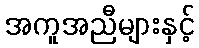
အကူအညီများနှင့်